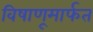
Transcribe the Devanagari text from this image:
विषाणूमार्फत